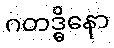
ဂတဒ္ဓိနော